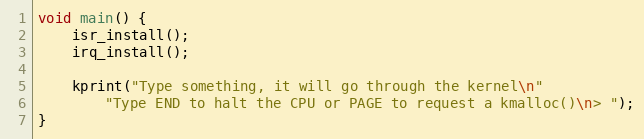
Language: C
void main() {
    isr_install();
    irq_install();

    kprint("Type something, it will go through the kernel\n"
        "Type END to halt the CPU or PAGE to request a kmalloc()\n> ");
}